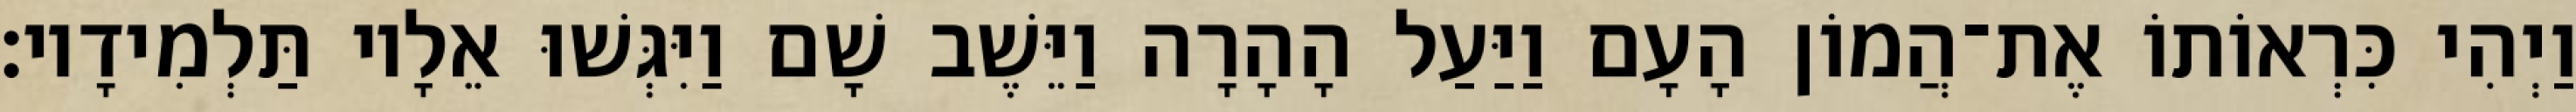
וַיְהִי כִּרְאוֹתוֹ אֶת־הֲמוֹן הָעָם וַיַּעַל הָהָרָה וַיֵּשֶׁב שָׁם וַיִּגְּשׁוּ אֵלָיו תַּלְמִידָיו׃